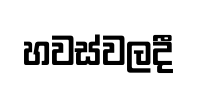
හවස්වලදී